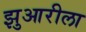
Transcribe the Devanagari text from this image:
झुआरीला